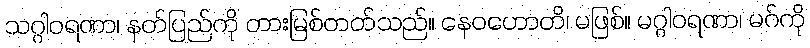
သဂ္ဂါဝရဏာ၊ နတ်ပြည်ကို တားမြစ်တတ်သည်။ နေဝဟောတိ၊ မဖြစ်။ မဂ္ဂါဝရဏာ၊ မဂ်ကို